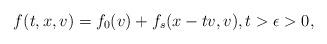
LaTeX: \begin{align*} f(t,x,v)=f_0(v)+ f_{s}(x-tv,v), t>\epsilon>0, \end{align*}